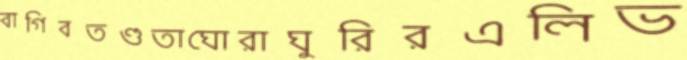
বাগিবতণ্ডতাঘোরাঘুরিরএলিভ